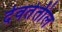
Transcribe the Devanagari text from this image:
देवतेतील